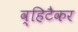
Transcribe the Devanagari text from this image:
व्हिटैकर